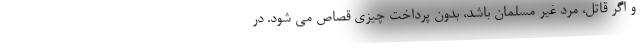
و اگر قاتل، مرد غیر مسلمان باشد، بدون پرداخت چیزی قصاص می شود. در